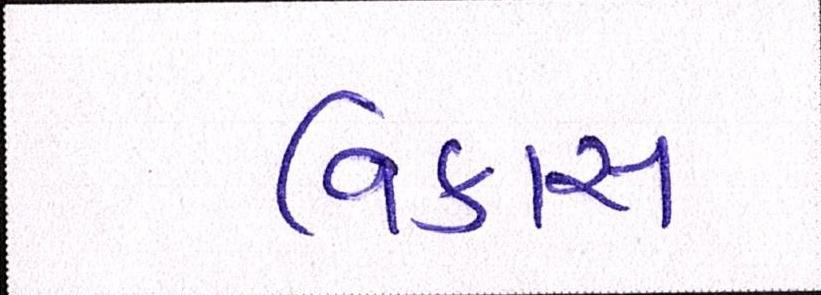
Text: વિકાસ